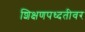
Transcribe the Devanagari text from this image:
शिक्षणपध्दतीवर